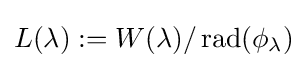
L(\lambda ):=W(\lambda )/\operatorname {rad} (\phi _{\lambda })